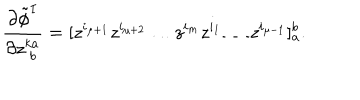
\frac { \partial \tilde { \phi } ^ { I } } { \partial z _ { \; b } ^ { k a } } = [ z ^ { i _ { \mu + 1 } } z ^ { i _ { \mu + 2 } } \ldots z ^ { i _ { m } } z ^ { i _ { 1 } } \ldots z ^ { i _ { \mu - 1 } } ] _ { a } ^ { b } .